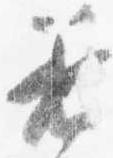
着